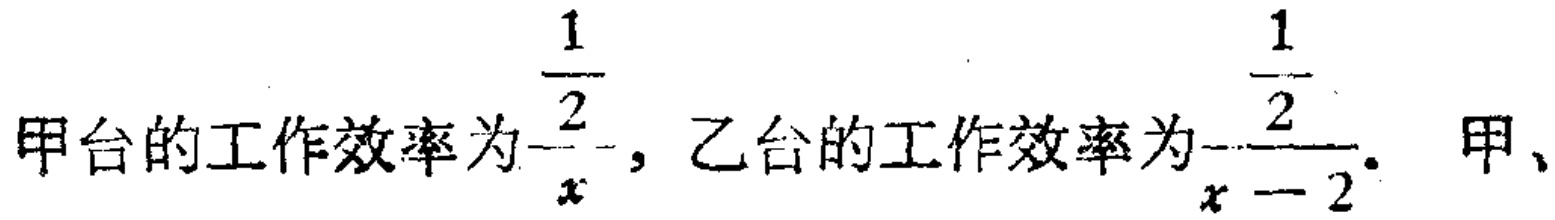
甲台的工作效率为$\dfrac{1}{x}$，乙台的工作效率为$\dfrac{1}{x - 2}$。 甲、